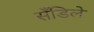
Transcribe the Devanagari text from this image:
सँडिले